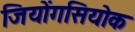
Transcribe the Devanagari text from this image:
जियोंगसियोक